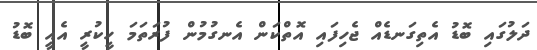
ދަލުގައި ބޮޑު އެތިގަނޑެއް ޖެހިފައި އޮތްކަން އެނގުމުން ފުރަތަމަ ހީކުރީ އެއީ ބޮޑު